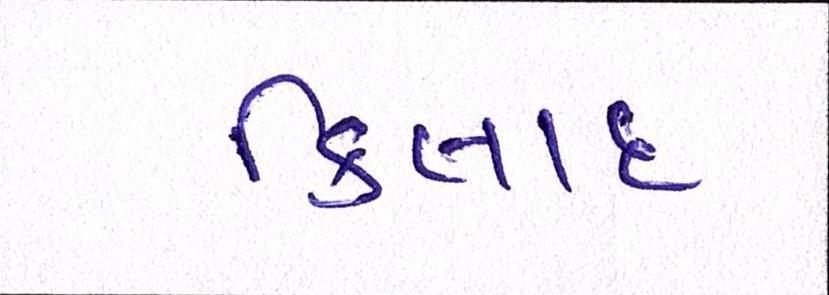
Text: કિલાદ